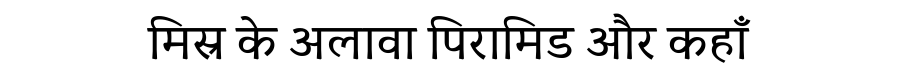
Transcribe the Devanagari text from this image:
मिस्र के अलावा पिरामिड और कहाँ